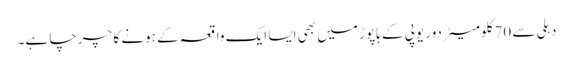
دہلی سے 70 کلومیٹر دور یوپی کے ہاپوڑ میں بھی ایسا ایک واقعہ کے ہونے کا چرچا ہے۔